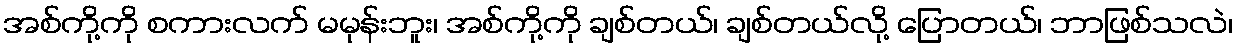
အစ်ကို့ကို စကားလက် မမုန်းဘူး၊ အစ်ကို့ကို ချစ်တယ်၊ ချစ်တယ်လို့ ပြောတယ်၊ ဘာဖြစ်သလဲ၊